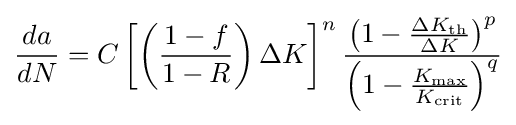
{\frac {da}{dN}}=C\left[\left({\frac {1-f}{1-R}}\right)\Delta K\right]^{n}{\left(1-{\frac {\Delta K_{\text{th}}}{\Delta K}}\right)^{p} \over \left(1-{\frac {K_{\max }}{K_{\text{crit}}}}\right)^{q}}